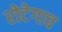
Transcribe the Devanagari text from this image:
रोटेगाव